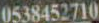
0538452710